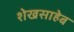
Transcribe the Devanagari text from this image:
शेखसाहेब